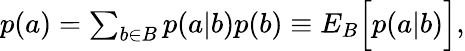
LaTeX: \begin{array}{r}{p(a)=\sum_{b\in B}p(a|b)p(b)\equiv{E}_{B}\Big[p(a|b)\Big],}\end{array}